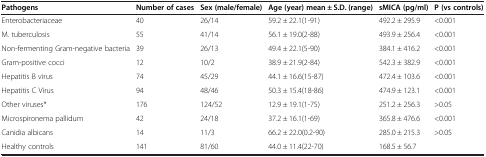
<table><thead><tr><td><b>Pathogens</b></td><td><b>Number of cases</b></td><td><b>Sex (male/female)</b></td><td><b>Age (year) mean ± S.D. (range)</b></td><td><b>sMICA (pg/ml)</b></td><td><b>P (vs controls)</b></td></tr></thead><tbody><tr><td>Enterobacteriaceae</td><td>40</td><td>26/14</td><td>59.2 ± 22.1(1-91)</td><td>492.2 ± 295.9</td><td>&lt;0.001</td></tr><tr><td>M. tuberculosis</td><td>55</td><td>41/14</td><td>56.1 ± 19.0(2-88)</td><td>493.9 ± 256.4</td><td>&lt;0.001</td></tr><tr><td>Non-fermenting Gram-negative bacteria</td><td>39</td><td>26/13</td><td>49.4 ± 22.1(5-90)</td><td>384.1 ± 416.2</td><td>&lt;0.001</td></tr><tr><td>Gram-positive cocci</td><td>12</td><td>10/2</td><td>38.9 ± 21.9(2-84)</td><td>542.3 ± 382.9</td><td>&lt;0.001</td></tr><tr><td>Hepatitis B virus</td><td>74</td><td>45/29</td><td>44.1 ± 16.6(15-87)</td><td>472.4 ± 103.6</td><td>&lt;0.001</td></tr><tr><td>Hepatitis C Virus</td><td>94</td><td>48/46</td><td>50.3 ± 15.4(18-86)</td><td>474.9 ± 123.1</td><td>&lt;0.001</td></tr><tr><td>Other viruses*</td><td>176</td><td>124/52</td><td>12.9 ± 19.1(1-75)</td><td>251.2 ± 256.3</td><td>&gt;0.05</td></tr><tr><td>Microspironema pallidum</td><td>42</td><td>24/18</td><td>37.2 ± 16.1(1-69)</td><td>365.8 ± 476.6</td><td>&lt;0.001</td></tr><tr><td>Canidia albicans</td><td>14</td><td>11/3</td><td>66.2 ± 22.0(0.2-90)</td><td>285.0 ± 215.3</td><td>&gt;0.05</td></tr><tr><td>Healthy controls</td><td>141</td><td>81/60</td><td>44.0 ± 11.4(22-70)</td><td>168.5 ± 56.7</td><td> </td></tr></tbody></table>